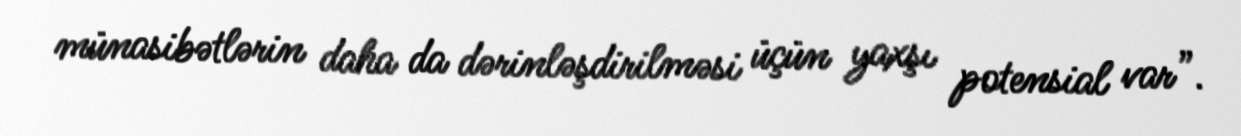
münasibətlərin daha da dərinləşdirilməsi üçün yaxşı potensial var”.